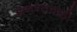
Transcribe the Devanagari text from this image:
अनन्तवाड़ी